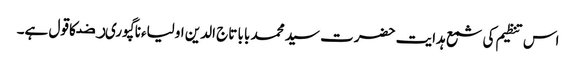
اس تنظیم کی شمع ہدایت حضرت سید محمد بابا تاج الدین اولیاءناگپوریﺭﺿ کا قول ہے۔